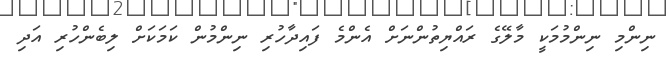
ނިންމި ނިންމުމަކީ މާލޭގެ ރައްޔިތުންނަށް އެންމެ ފައިދާހުރި ނިންމުން ކަމަކަށް ލިބެންހުރި އަދި